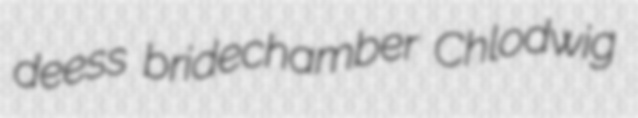
deess bridechamber Chlodwig